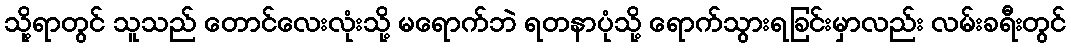
သို့ရာတွင် သူသည် တောင်လေးလုံးသို့ မရောက်ဘဲ ရတနာပုံသို့ ရောက်သွားရခြင်းမှာလည်း လမ်းခရီးတွင်